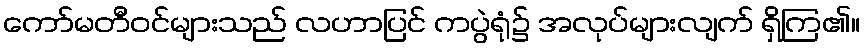
ကော်မတီဝင်များသည် လဟာပြင် ကပွဲရုံ၌ အလုပ်များလျက် ရှိကြ၏။